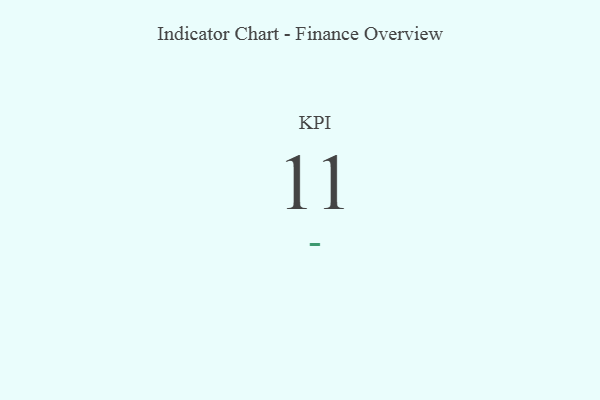
{"axis": {"x": "KPI", "y": "Value"}, "legend": [""], "data": [{"x": "KPI", "y": 11, "type": ""}]}